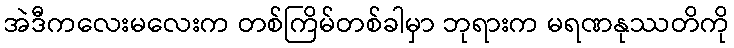
အဲဒီကလေးမလေးက တစ်ကြိမ်တစ်ခါမှာ ဘုရားက မရဏနုဿတိကို